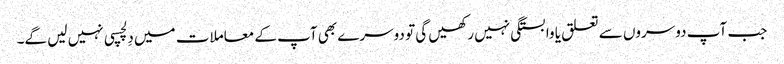
جب آپ دوسروں سے تعلق یا وابستگی نہیں رکھیں گی تو دوسرے بھی آپ کے معاملات میں دِلچسپی نہیں لیں گے۔